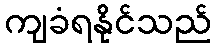
ကျခံရနိုင်သည်